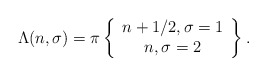
\begin{align*}\Lambda(n, \sigma) = \pi \left\{ \begin{array}{c} n + 1/2, \sigma =1 \\ n, \sigma =2 \end{array} \right\} .\end{align*}